Insane asylums in Bengal annual reports 1867-1875 - 1867-1875
Year: 1867
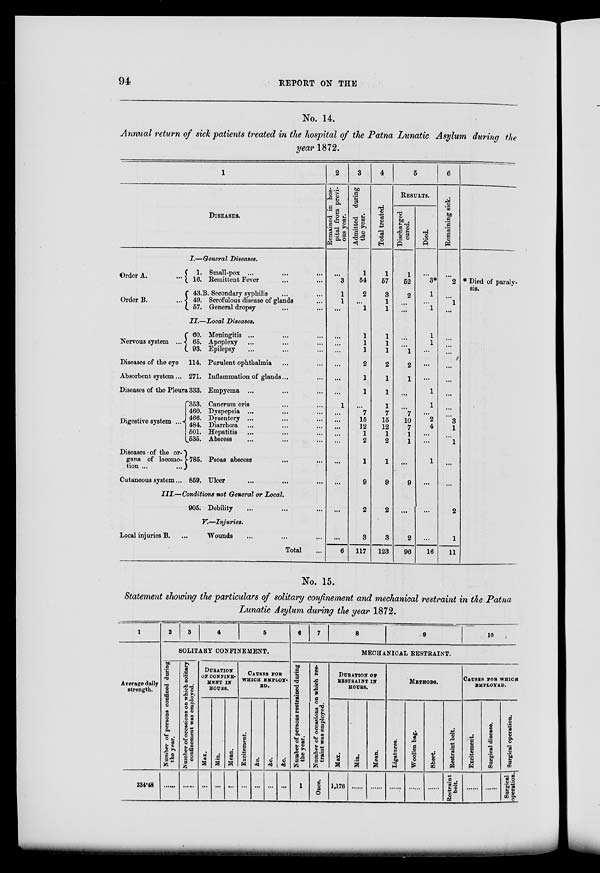
94
REPORT ON THE
No. 14.
Annual return of sick patients treated in the hospital of the Patna Lunatic Asylum during the
year 1872.
1
DISEASES.
I.—General Diseases.
Order A.
...
Order B. ...
1. Small-pox ... ... ...
16. Remittent Fever ... ...
43.B. Secondary syphilis ... ...
49. Scrofulous disease of glands ...
57.
General dropsy ... ...
II.—Local Diseases.
Nervous system ...
Diseases of the eye
Absorbent system ...
Diseases of the Pleura
Digestive system ...
Diseases of the or-
gans of locomo-
tion ... ...
Cutaneous system...
60. Meningitis ... ... ...
65. Apoplexy ... ... ...
93. Epilepsy ... ... ...
114. Purulent ophthalmia ... ...
271. Inflammation of glands... ...
333. Empyema ... ... ...
353. Cancrum oris ... ...
460. Dyspepsia ... ... ...
466. Dysentery ... ... ...
484. Diarrhœa ... ... ...
501. Hepatitis ... ... ...
535. Abscess ... ... ...
785. Psoas abscess ... ...
859. Ulcer ... ... ...
III.—Conditions not General or Local.
905. Debility ... ... ...
V.—Injuries.
Local injuries B. ...
Wounds ... ... ...
Total ...
2
Remained in hos-
pital from previ-
ous year.
...
3
1
1
...
...
...
...
...
...
...
1
...
...
...
...
...
...
...
...
...
6
3
Admitted during
the year.
1
54
2
...
1
1
1
1
2
1
1
...
7
15
12
1
2
1
9
2
3
117
4
Total treated.
1
57
3
1
1
1
1
1
2
1
1
1
7
15
12
1
2
1
9
2
3
123
5
RESULTS.
Discharged
cured.
1
52
2
...
...
...
...
1
2
1
...
...
7
10
7
1
1
...
9
...
2
96
Died.
...
3*
1
...
1
1
1
...
...
...
1
1
...
2
4
...
...
1
...
...
...
16
6
Remaining sick.
...
2
...
1
...
...
...
...
...
...
...
...
...
3
1
...
1
...
...
2
1
11
* Died of paraly-
sis.
No. 15.
Statement showing the particulars of solitary confinement and mechanical restraint in the Patna
Lunatic Asylum during the year 1872.
1
Average daily
strength.
234.48
2
3
4
5
SOLITARY CONFINEMENT.
Number of persons confined during
the year.
......
Number of occasions on which solitary
confinement was employed.
......
DURATION
OF CONFINE-
MENT IN
HOURE.
Max.
...
Min.
...
Mean.
...
CAUSES FOR
WHICH EMPLOY-
ED.
Excitement.
...
&c.
...
&c.
...
&c.
...
6
7
8
9
10
MECHANICAL RESTRAINT.
Number of persons restrained during
the year.
1
Number of occasions on which res-
traint was employed.
Once.
DURATION OF
RESTRAINT IN
HOURE.
Max.
1,176
Min.
......
Mean.
......
METHODS.
Ligatures.
......
Woollen bag.
......
Sheet.
Restraint belt.
Restraint
belt.
CAUSES FOR WHICH
EMPLOYED.
Excitement.
......
Surgical disease.
Surgical operation.
Surgical
operation.